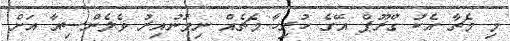
މި މެޗާ އެކު ގްރޫޕް އޭގެ ހުރިހާ މެޗެއް ނިމުނުއިރު ވެލެންސިއާ އަށް